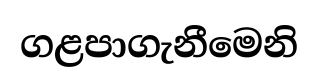
ගළපාගැනීමෙනි